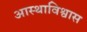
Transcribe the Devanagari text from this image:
आस्थाविश्वास